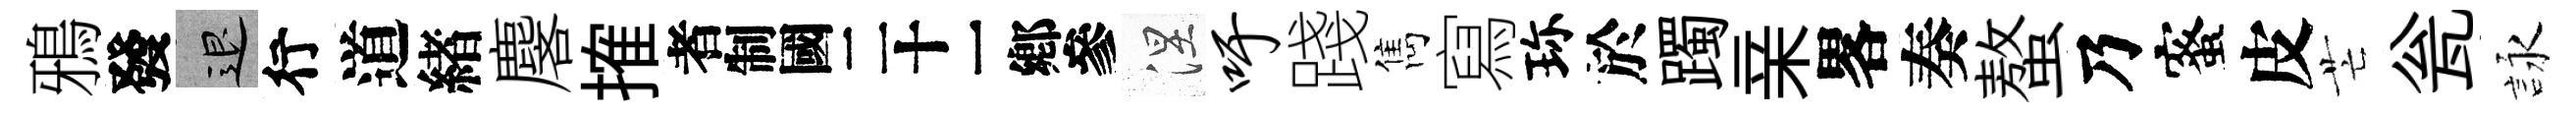
鴉發退行道緖麐搉识涅吁踐雋寫珎於躅亲畧奏螯乃蜜皮芒瓮詠